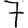
Digit: 7